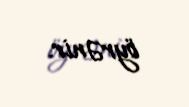
öyrənir.